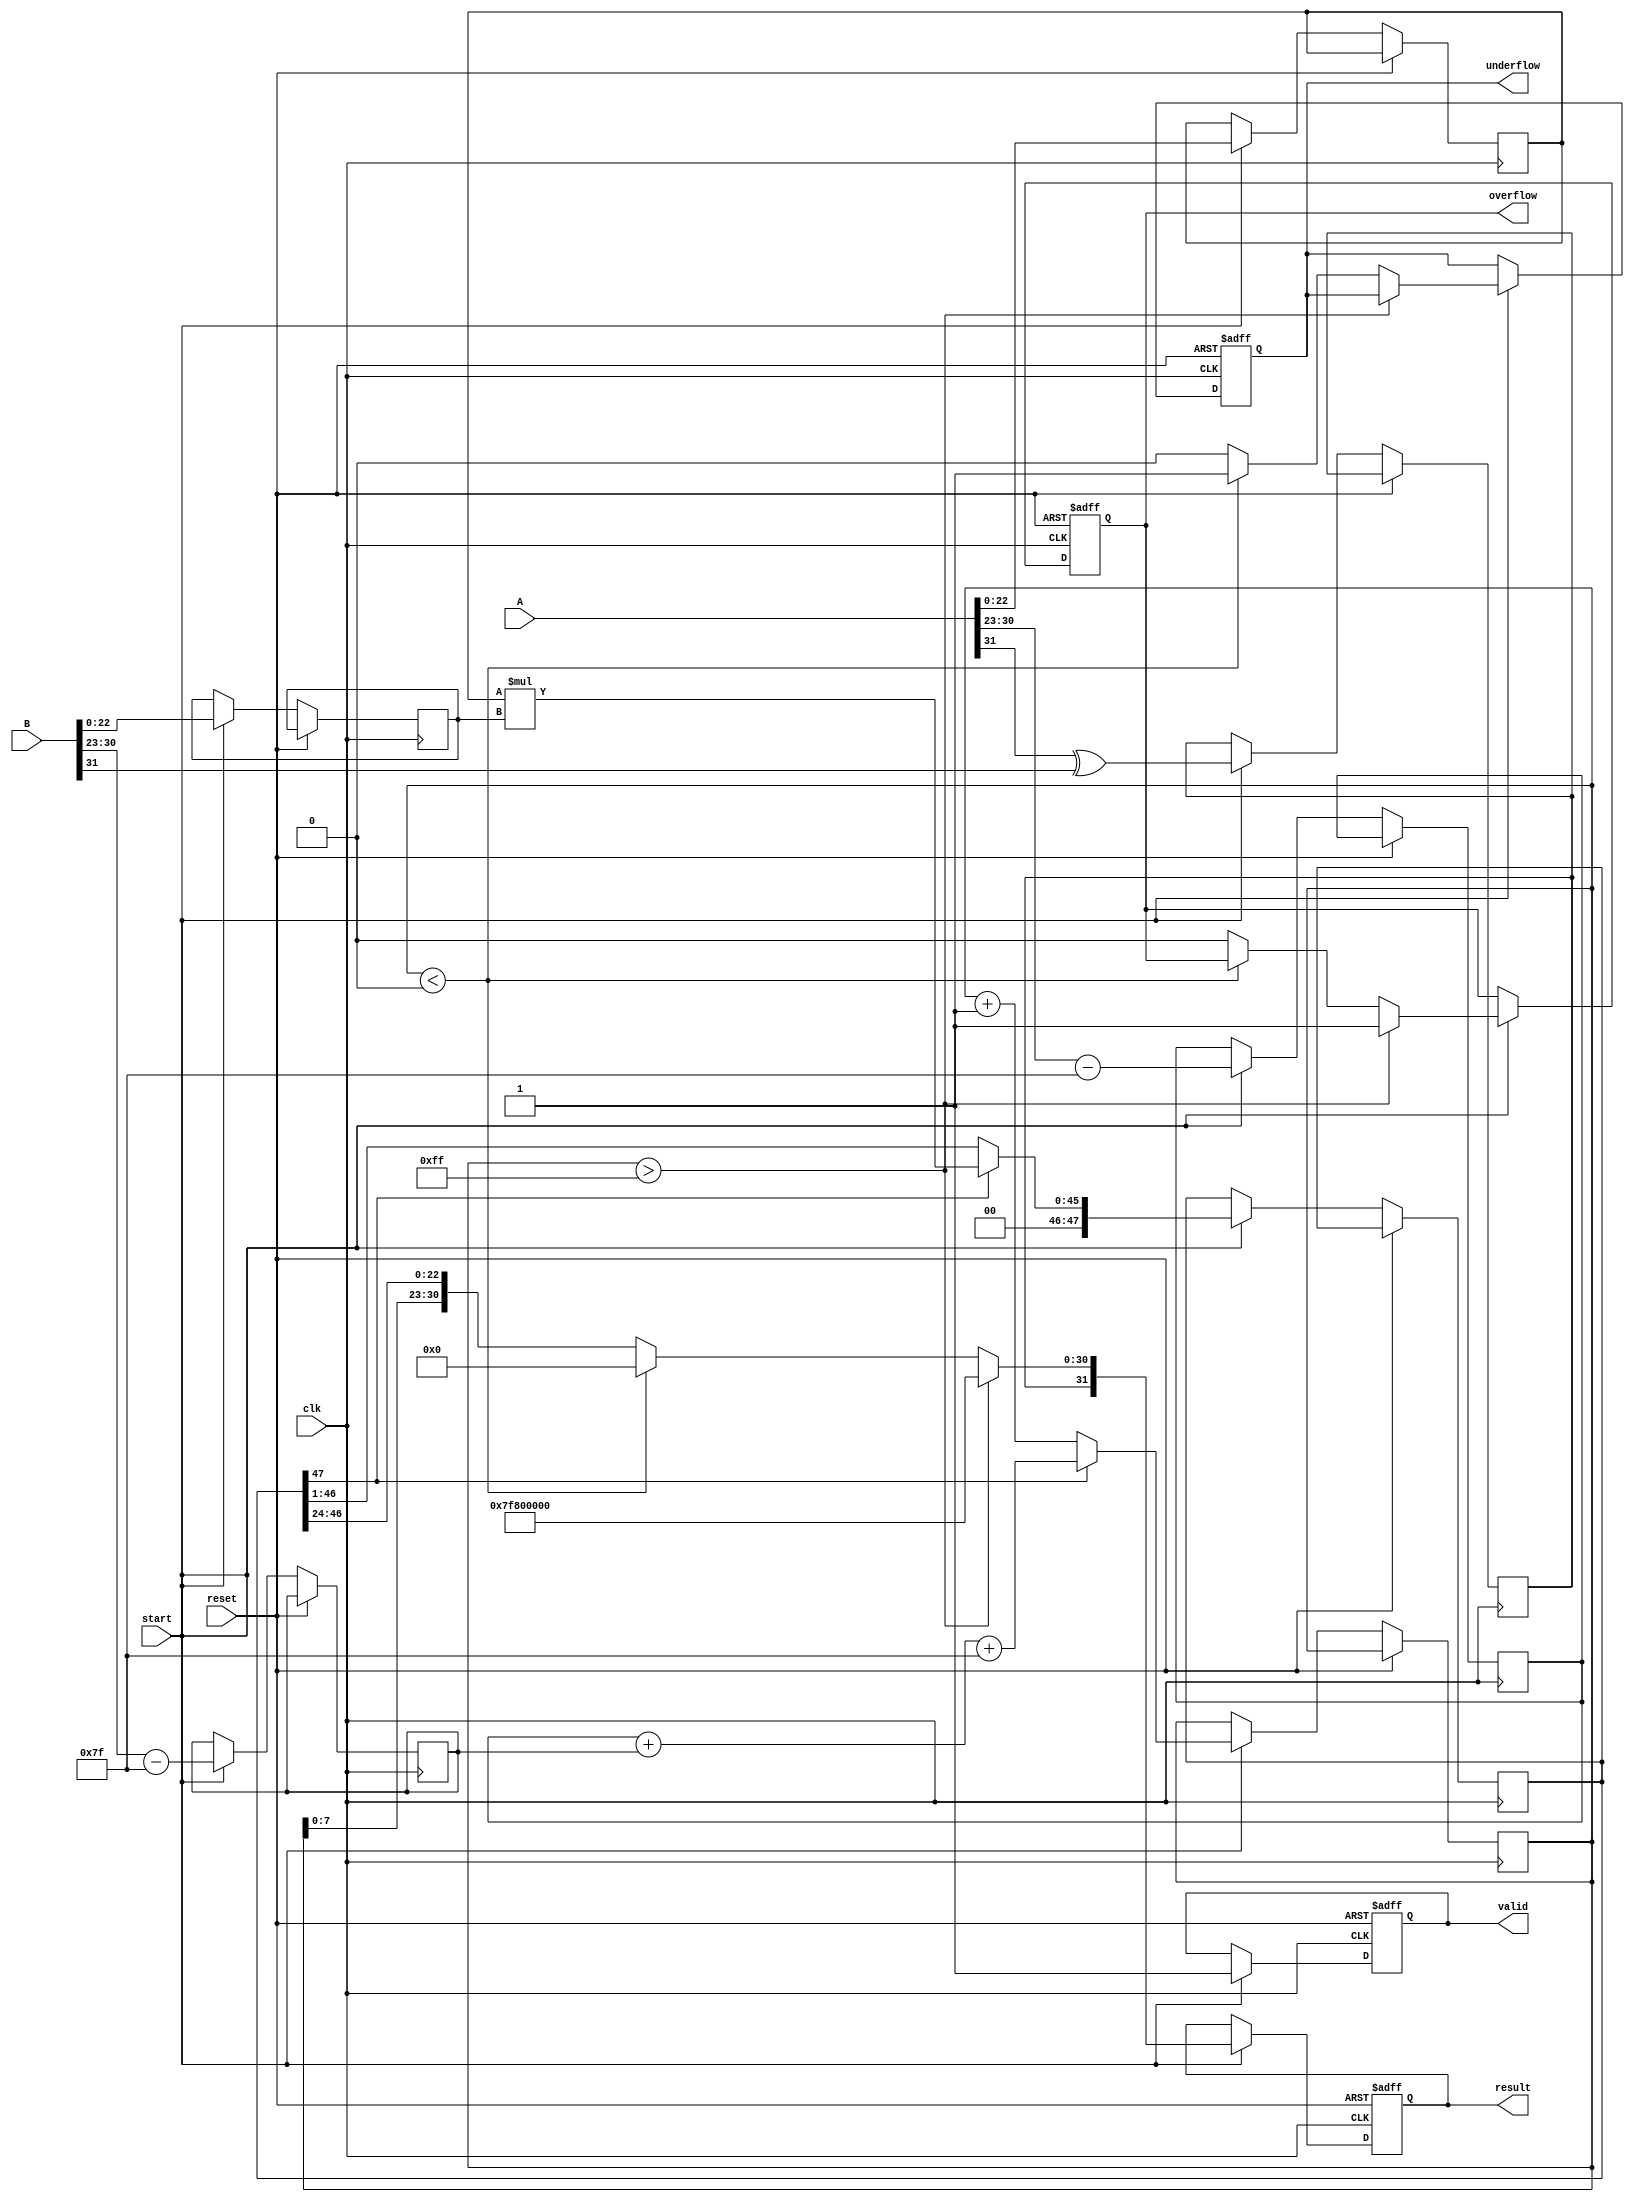
module floating_point_multiplier (
    input wire [31:0] A,           // First floating-point operand (single precision)
    input wire [31:0] B,           // Second floating-point operand (single precision)
    input wire start,              // Start signal
    input wire reset,              // Reset signal
    input wire clk,                // Clock signal
    output reg [31:0] result,      // Resulting floating-point product
    output reg valid,              // Output valid signal
    output reg overflow,           // Overflow flag
    output reg underflow           // Underflow flag
);

    // Internal signals
    reg [7:0] exponentA, exponentB;  // Exponents of A and B
    reg [22:0] mantissaA, mantissaB; // Mantissas of A and B
    wire [47:0] mantissaProduct;      // Product of mantissas
    reg [8:0] exponentResult;         // Result exponent (includes overflow)
    reg signResult;                   // Result sign

    // Decomposing the floating-point numbers
    always @(posedge clk or posedge reset) begin
        if (reset) begin
            result <= 32'b0;
            valid <= 1'b0;
            overflow <= 1'b0;
            underflow <= 1'b0;
        end else if (start) begin
            signResult <= A[31] ^ B[31]; // Sign of result

            // Extract exponent and mantissa
            exponentA <= A[30:23] - 8'd127; // Unbiased exponent
            exponentB <= B[30:23] - 8'd127; // Unbiased exponent
            mantissaA <= {1'b1, A[22:0]};   // Add implicit leading bit
            mantissaB <= {1'b1, B[22:0]};   // Add implicit leading bit

            // Mantissa multiplication
            mantissaProduct <= mantissaA * mantissaB;
            exponentResult <= exponentA + exponentB + 8'd127; // Add biases

            // Normalize result
            if (mantissaProduct[47]) begin
                // If leading bit is 1, no need to normalize
                result <= {signResult, exponentResult[7:0], mantissaProduct[46:24]};
            end else begin
                // Normalize the mantissa by right shifting
                mantissaProduct <= mantissaProduct >> 1;
                exponentResult <= exponentResult + 1;
                result <= {signResult, exponentResult[7:0], mantissaProduct[46:24]};
            end

            // Set valid flag
            valid <= 1'b1;

            // Check for overflow/underflow
            if (exponentResult > 8'd255) begin // Overflow if exponent exceeds max
                overflow <= 1'b1;
                result <= {signResult, 8'd255, 23'b0}; // Set to infinity
            end else if (exponentResult < 8'd0) begin // Underflow if exponent is negative
                underflow <= 1'b1; // Potentially set to zero or subnormal
                result <= {signResult, 8'b0, 23'b0}; // Set to zero
            end else begin
                overflow <= 1'b0;
                underflow <= 1'b0;
            end
        end
    end
endmodule